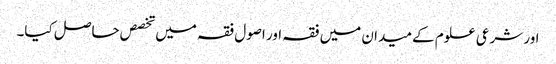
اور شرعی علوم کے میدان میں فقہ اور اصول فقہ میں تخصص حاصل کیا۔